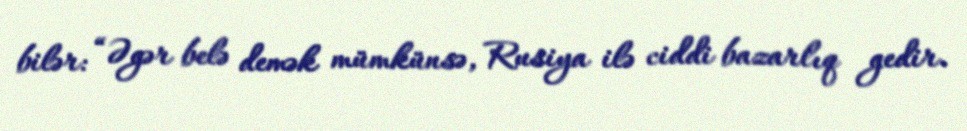
bilər: “Əgər belə demək mümkünsə, Rusiya ilə ciddi bazarlıq gedir.